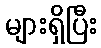
များရှိပြီး